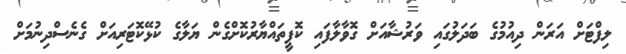
ލިފްޓަށް އަރަން ދިއުމުގެ ބަދަލުގައި ވަރުޝާއަށް ގޮވާލާފައި ކޮފީތައްޔާރުކޮށްގެން ޔަލާގެ ކުޅޭކޮޓަރިއަށް ގެނެސްދިނުމަށް